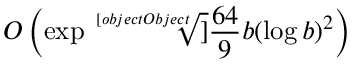
O \left( \exp { \sqrt [ [object Object] ] { { \frac { 6 4 } { 9 } } b ( \log b ) ^ { 2 } } } \right)